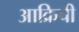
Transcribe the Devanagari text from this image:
आक्रिची